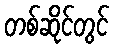
တစ်ဆိုင်တွင်